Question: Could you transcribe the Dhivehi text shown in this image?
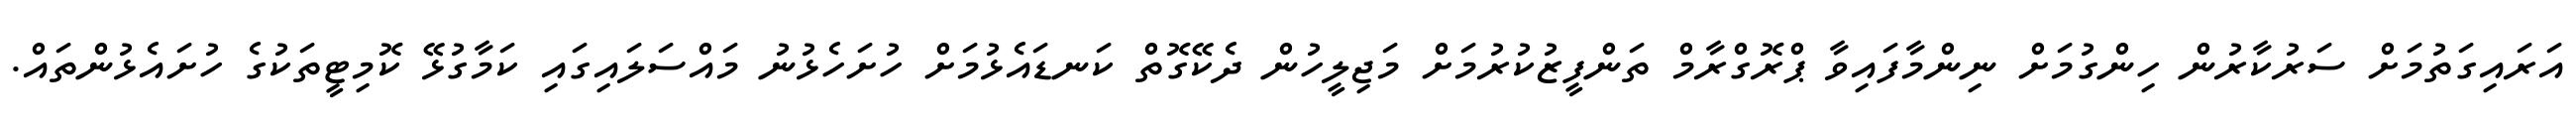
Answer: އަރައިގަތުމަށް ސަރުކާރުން ހިންގުމަށް ނިންމާފައިވާ ޕްރޮގްރާމް ތަންފީޒުކުރުމަށް މަޖިލީހުން ދެކޭގޮތް ކަނޑައެޅުމަށް ހުށަހެޅުނު މައްސަލައިގައި ކަމާގުޅޭ ކޮމިޓީތަކުގެ ހުށައެޅުންތައް.